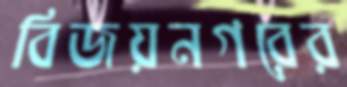
বিজয়নগরের